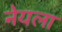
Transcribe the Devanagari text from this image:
नेयला